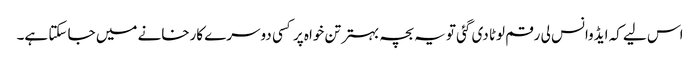
اس لیے کہ ایڈوانس لی رقم لوٹا دی گئی تو یہ بچہ بہتر تن خواہ پر کسی دوسرے کارخانے میں جا سکتا ہے۔